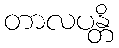
တာလပန္တိ